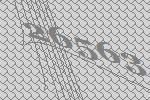
26563